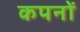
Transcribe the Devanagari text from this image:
कपनों